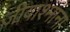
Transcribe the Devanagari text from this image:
जीवाश्मांना